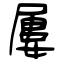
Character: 屢